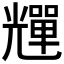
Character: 𠓊